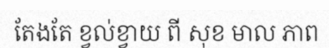
តែងតែ ខ្វល់ខ្វាយ ពី សុខ មាល ភាព